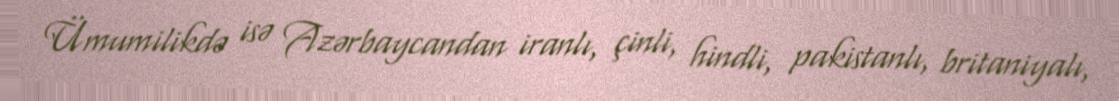
Ümumilikdə isə Azərbaycandan iranlı, çinli, hindli, pakistanlı, britaniyalı,